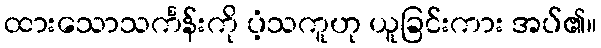
ထားသောသင်္ကန်းကို ပံ့သကူဟု ယူခြင်းကား အပ်၏။